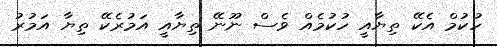
ހުކުމް އެކޭ ތިޔާއީ ހުކުމެއް ވެސް ނޫނޭ ތިޔާއީ އަމުރެކޭ ތިޔާ އަމުރު